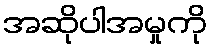
အဆိုပါအမှုကို